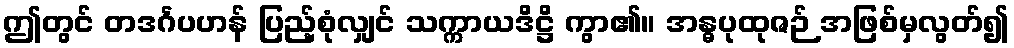
ဤတွင် တဒင်္ဂပဟန် ပြည့်စုံလျှင် သက္ကာယဒိဋ္ဌိ ကွာ၏။ အန္ဓပုထုဇဉ် အဖြစ်မှလွတ်၍